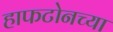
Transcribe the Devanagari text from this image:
हाफटोनच्या